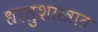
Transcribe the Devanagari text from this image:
धातुशास्त्रात